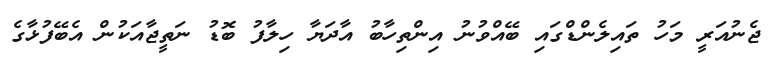
ޖެނުއަރީ މަހު ތައިލެންޑްގައި ބޭއްވުނު އިންތިހާބު އާދަޔާ ހިލާފު ބޮޑު ނަތީޖާއަކުން އެބޭފުޅާގެ